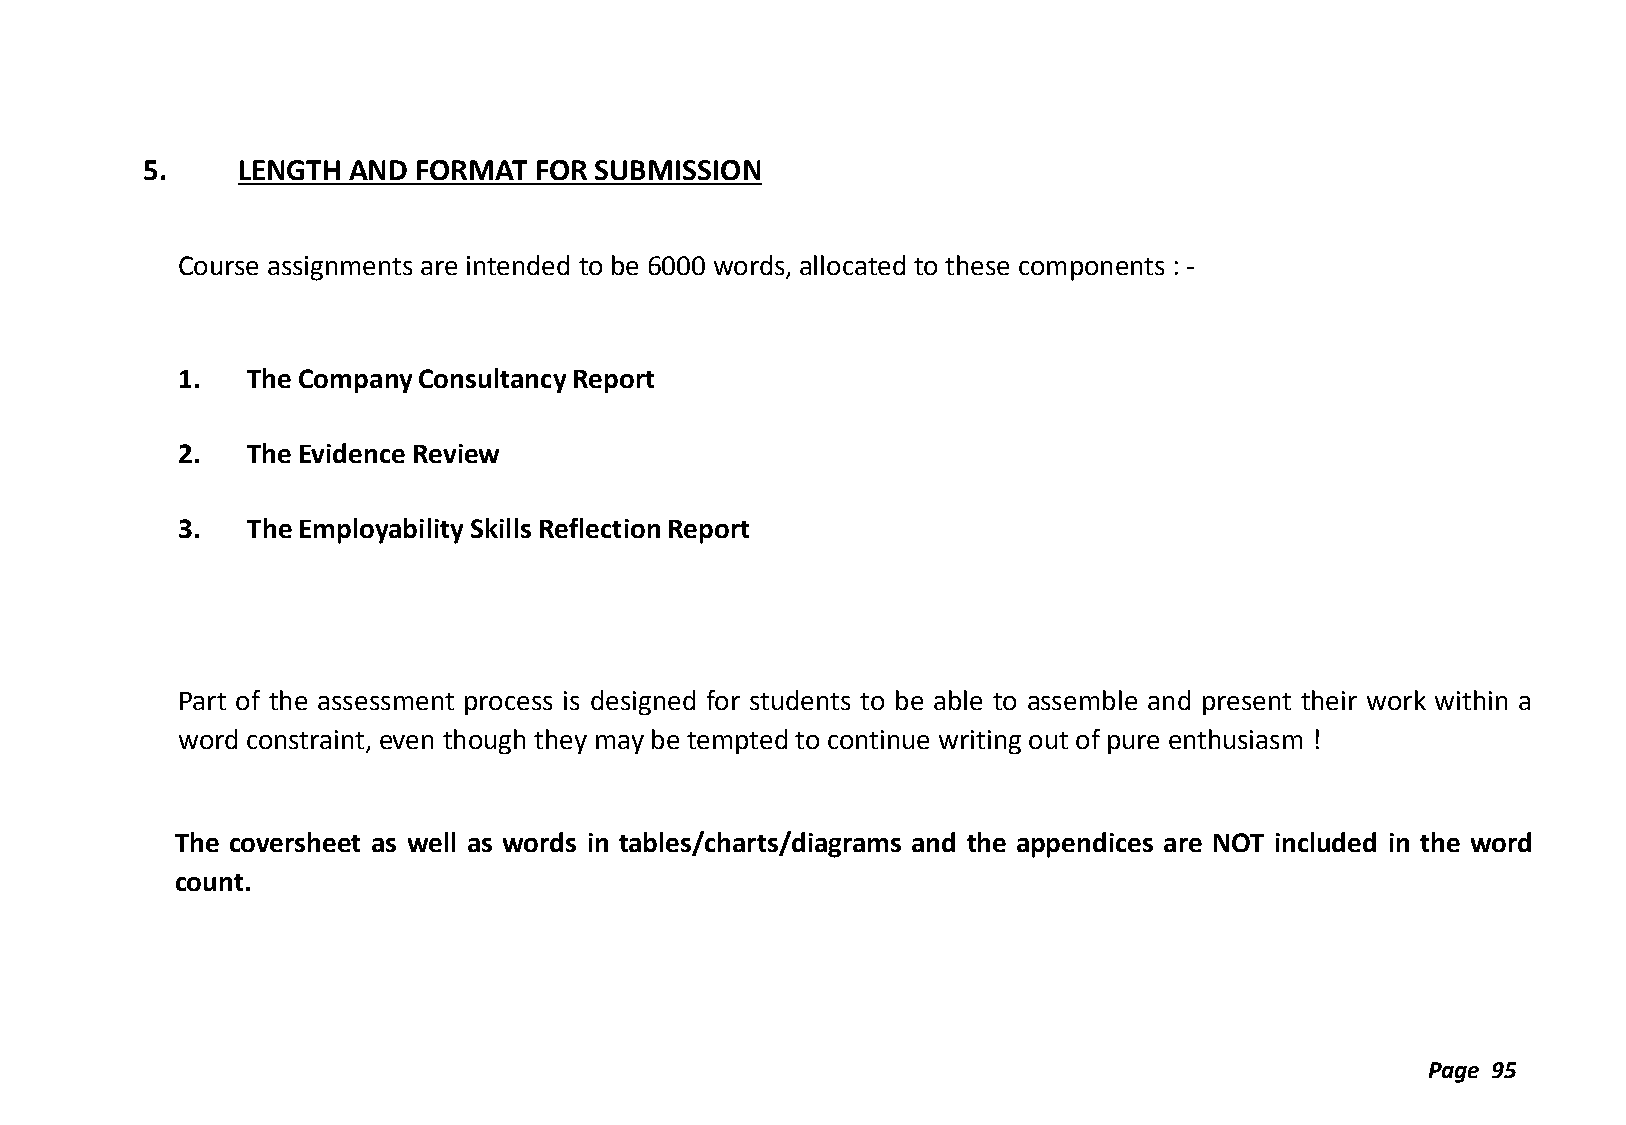
5.     LENGTH AND FORMAT  FOR SUBMISSION
 Course assignments are intended to be 6000 words, allocated to these components : -
 1.  The Company Consultancy Report
 2.  The Evidence Review
 3.  The Employability Skills Reflection Report
 Part of the assessment process is designed for students to be able to assemble and present their work within a
 word constraint, even though they may be tempted to continue writing out of pure enthusiasm !
 The coversheet as well as words in tables/charts/diagrams and the appendices are NOT included in the word
 count.
 Page 95